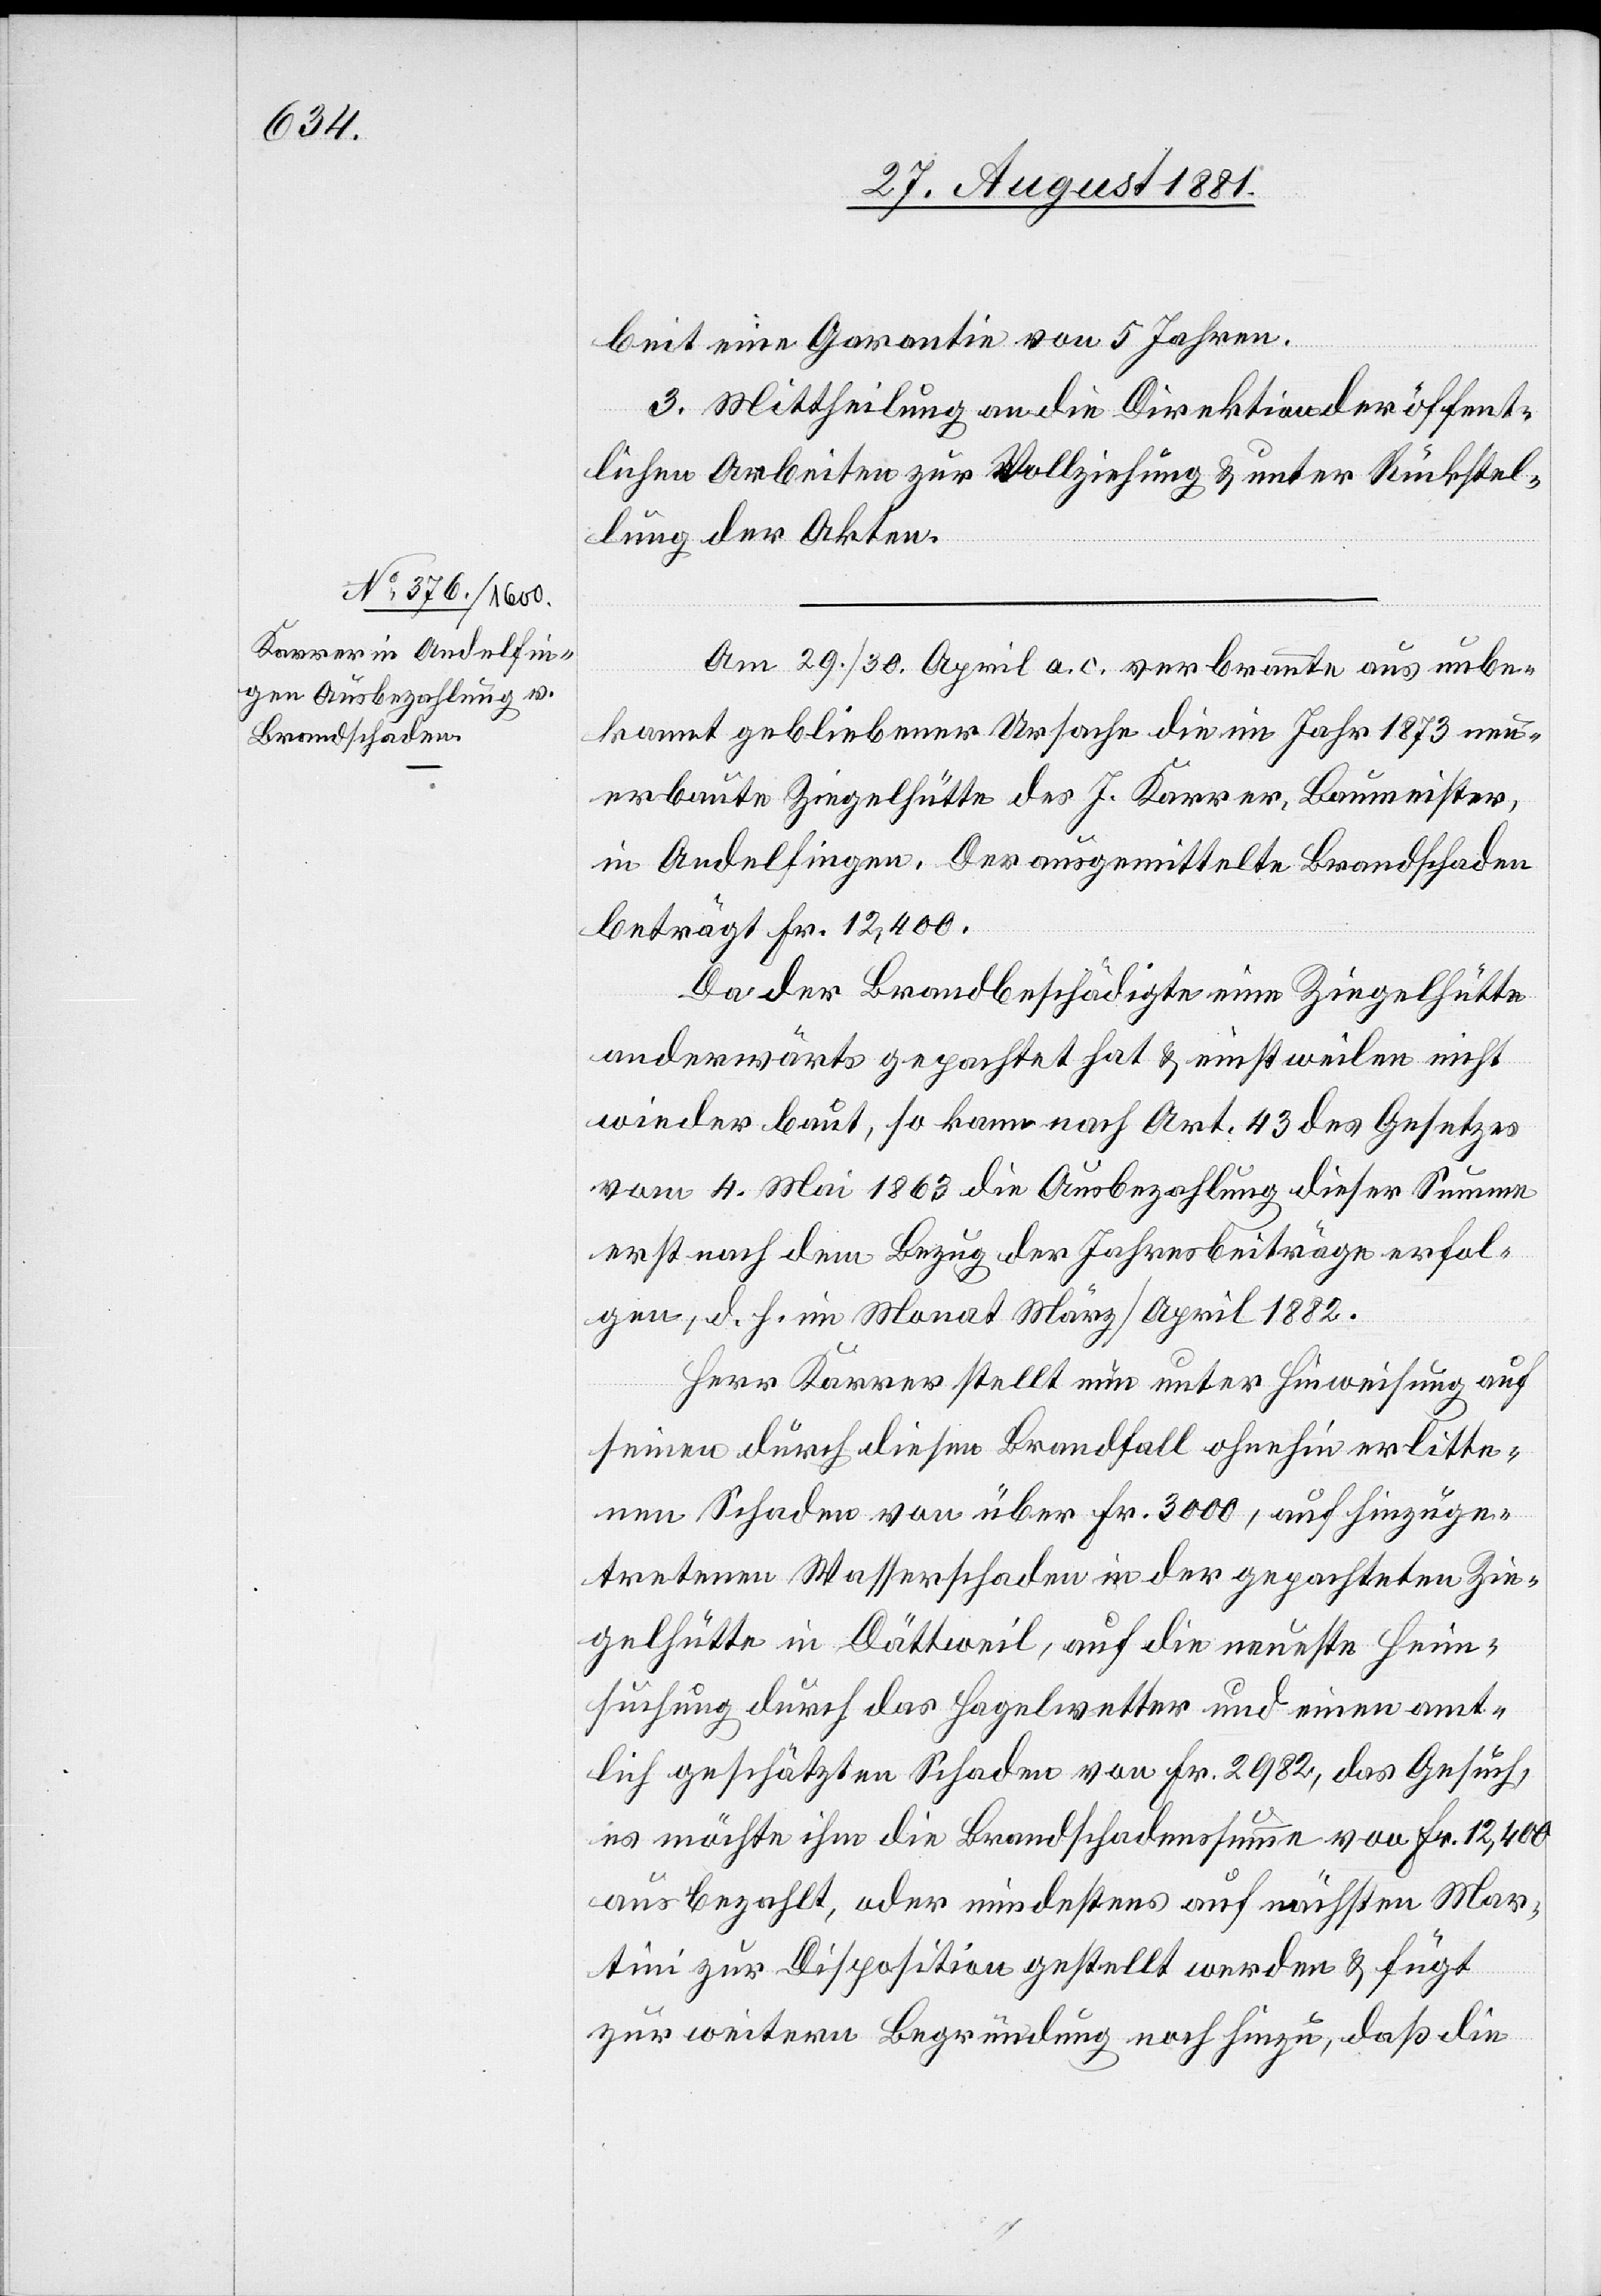
beit eine Garantie von 5 Jahren.
3. Mittheilung an die Direktion der öffent¬
lichen Arbeiten zur Vollziehung & unter Rückstel¬
lung der Akten.
Am 29./30. April a. c. verbrannte aus unbe¬
kannt gebliebener Ursache die im Jahr 1873 neu¬
erbaute Ziegelhütte des J. Karrer, Baumeister,
in Andelfingen. Der ausgemittelte Brandschaden
beträgt Fr. 12,400.
Da der Brandbeschädigte eine Ziegelhütte
anderwärts gepachtet hat & einstweilen nicht
wieder baut, so kann nach Art. 43 des Gesetztes
vom 4. Mai 1863 die Ausbezahlung dieser Summer
erst nach dem Bezug der Jahresbeiträge erfol¬
gen, d. h. im Monat März/April 1882.
Herr Karrer stellt nun unter Hinweisung auf
seinen durch diesen Brandfall ohnehin erlitte¬
nen Schaden von über Fr. 3000, auf hinzuge¬
tretenen Wasserschaden in der gepachteten Zie¬
gelhütte in Dättweil, auf die neueste Heim¬
suchung durch das Hagelwetter und einen amt¬
lich geschätzten Schaden von Fr. 2982, das Gesuch,
es möchte ihm die Brandschadenssumme von Fr. 12,400
ausbezahlt, oder mindestens auf nächsten Mar¬
tini zur Disposition gestellt werden & fügt
zur weitern Begründung noch hinzu, daß die